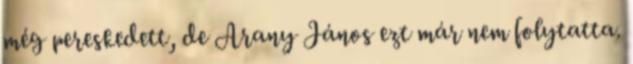
még pereskedett, de Arany János ezt már nem folytatta.